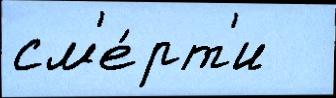
см'е́рт'и